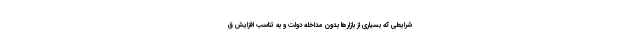
شرایطی که بسیاری از بازار‌ها بدون مداخله دولت و به تناسب افزایش ق